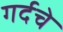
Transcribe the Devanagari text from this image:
गर्दचे